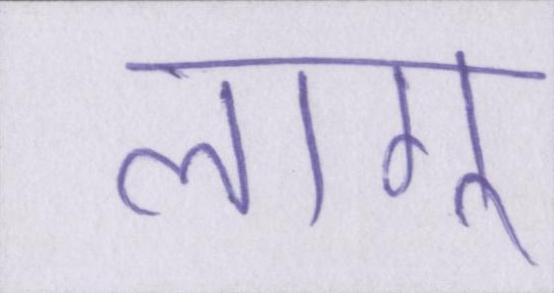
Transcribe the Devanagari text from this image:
लागू